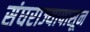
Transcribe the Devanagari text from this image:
संघराज्यापासून